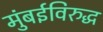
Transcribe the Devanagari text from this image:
मुंबईविरुद्ध